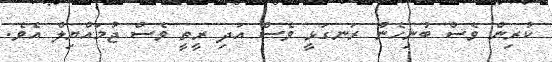
ކުރިން ވެސް ބުނިހެން ރަނގަޅީ ވެސް އަދި ރީތީ ވެސް ޖުމައްޔިލް އެވެ.